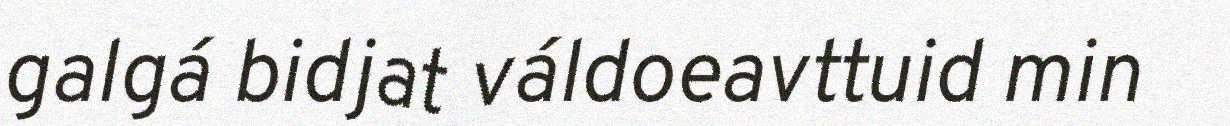
galgá bidjat váldoeavttuid min